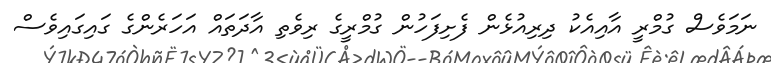
ނަމަވެސް ގުމްރީ އާއިއެކު ދިރިއުޅެން ފެށިފަހުން ގުމްރީގެ ރިވެތި އާދަތައް އަހަރެންގެ ގައިގައިވެސް